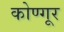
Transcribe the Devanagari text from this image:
कोण्गूर